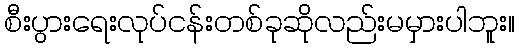
စီးပွားရေးလုပ်ငန်းတစ်ခုဆိုလည်းမမှားပါဘူး။